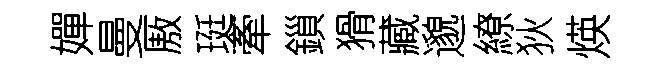
嬋曼厫珽牽鎻猾藏邈繚狄煐